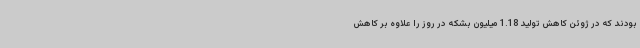
بودند که در ژوئن کاهش تولید 1.18 میلیون بشکه در روز را علاوه بر کاهش